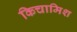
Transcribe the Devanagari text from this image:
किचामिश